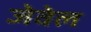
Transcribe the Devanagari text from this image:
जेवेल